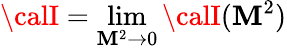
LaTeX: {\calI}=\operatorname*{lim}_{\mathbf{M}^{2}\rightarrow0}{\calI}(\mathbf{M}^{2})